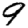
Digit: 9